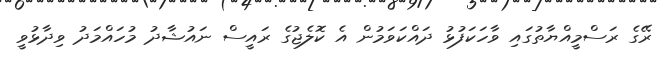
ރޭގެ ރަސްމީއްޔާތުގައި ވާހަކަފުޅު ދައްކަވަމުން އެ ކޮލެޖުގެ ރައީސް ނައުޝާދު މުހައްމަދު ވިދާޅުވީ